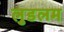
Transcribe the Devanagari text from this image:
लुडलम